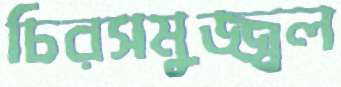
চিরসমুজ্জ্বল